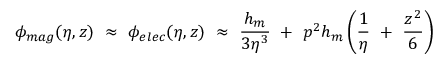
\phi _ { m a g } ( \eta , z ) ~ \approx ~ \phi _ { e l e c } ( \eta , z ) ~ \approx ~ \frac { h _ { m } } { 3 \eta ^ { 3 } } ~ + ~ p ^ { 2 } h _ { m } \left( \frac 1 \eta ~ + ~ \frac { z ^ { 2 } } 6 \right)